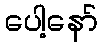
ပေါ့နော်